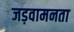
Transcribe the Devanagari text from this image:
जड़वामनता